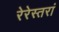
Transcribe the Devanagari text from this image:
रेरेस्तरां